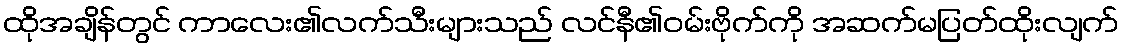
ထိုအချိန်တွင် ကာလေး၏လက်သီးများသည် လင်နီ၏ဝမ်းဗိုက်ကို အဆက်မပြတ်ထိုးလျက်